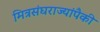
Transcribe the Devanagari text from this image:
मित्रसंघराज्यांपैकी